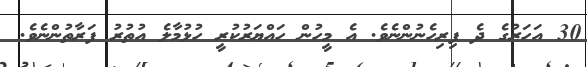
30 އަހަރުގެ ދެ ފިރިހެނުންނެވެ. އެ މީހުން ހައްޔަރުކުރީ ހުޅުމާލެ އުތުރު ފަރާތުންނެވެ.